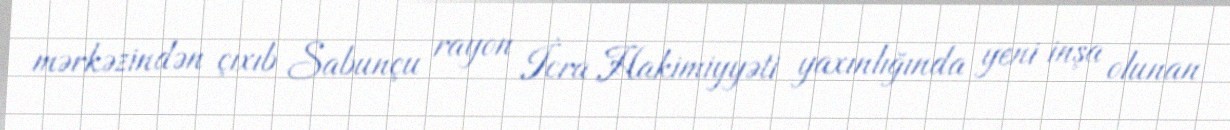
mərkəzindən çıxıb Sabunçu rayon İcra Hakimiyyəti yaxınlığında yeni inşa olunan